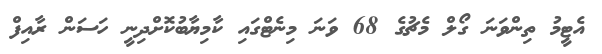
އެޓީމު ތިންވަނަ ގޯލް މެޗުގެ 68 ވަނަ މިނެޓްގައި ކާމިޔާބުކޮށްދިނީ ހަސަން ރާއިފް